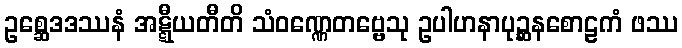
ဥစ္ဆေဒဒဿနံ အဋ္ဋီယတီတိ သံဝဏ္ဏေတဗ္ဗေသု ဥပါဟနာပုဉ္ဆနစောဠကံ ဖဿ